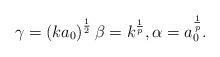
LaTeX: \begin{align*}\gamma =\left( ka_{0}\right) ^{\frac{1}{2}}\beta =k^{\frac{1}{p}},\alpha =a_{0}^{\frac{1}{p}}. \end{align*}